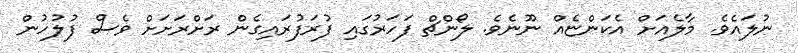
ނުލައެވެ. މާލެއަށް އެކަންޏެއް ނޫނެވެ. ލޯންޗް ފަހަރުގައި ފުރަފުރައިގެން ރަށްރަށަށް ވެސް ފުލުހުން